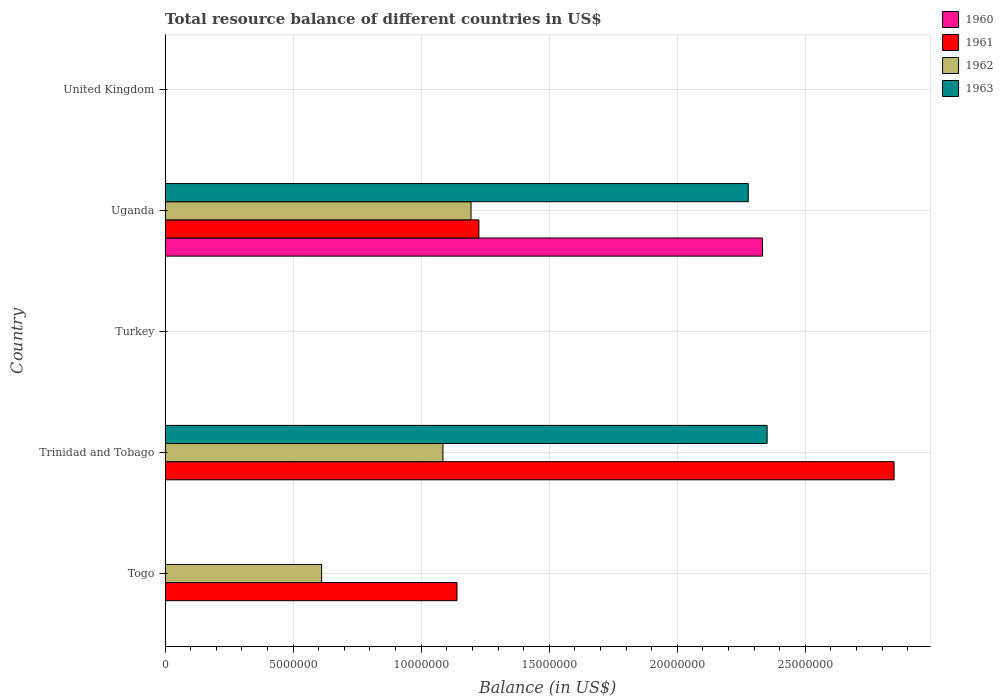
| Country | 1960 | 1961 | 1962 | 1963 |
 | --- | --- | --- | --- | --- |
 | Togo | -5.06e+05 | 1.14e+07 | 6.11e+06 | -6.3e+06 |
 | Trinidad and Tobago | -6.13e+06 | 2.85e+07 | 1.08e+07 | 2.35e+07 |
 | Turkey | -2.26e+08 | -1.33e+08 | -2.11e+08 | -2.89e+08 |
 | Uganda | 2.33e+07 | 1.23e+07 | 1.19e+07 | 2.28e+07 |
 | United Kingdom | -1e+09 | -2.64e+08 | -1.6e+08 | -3.4e+08 |